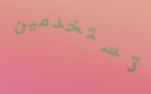
تستخدمين